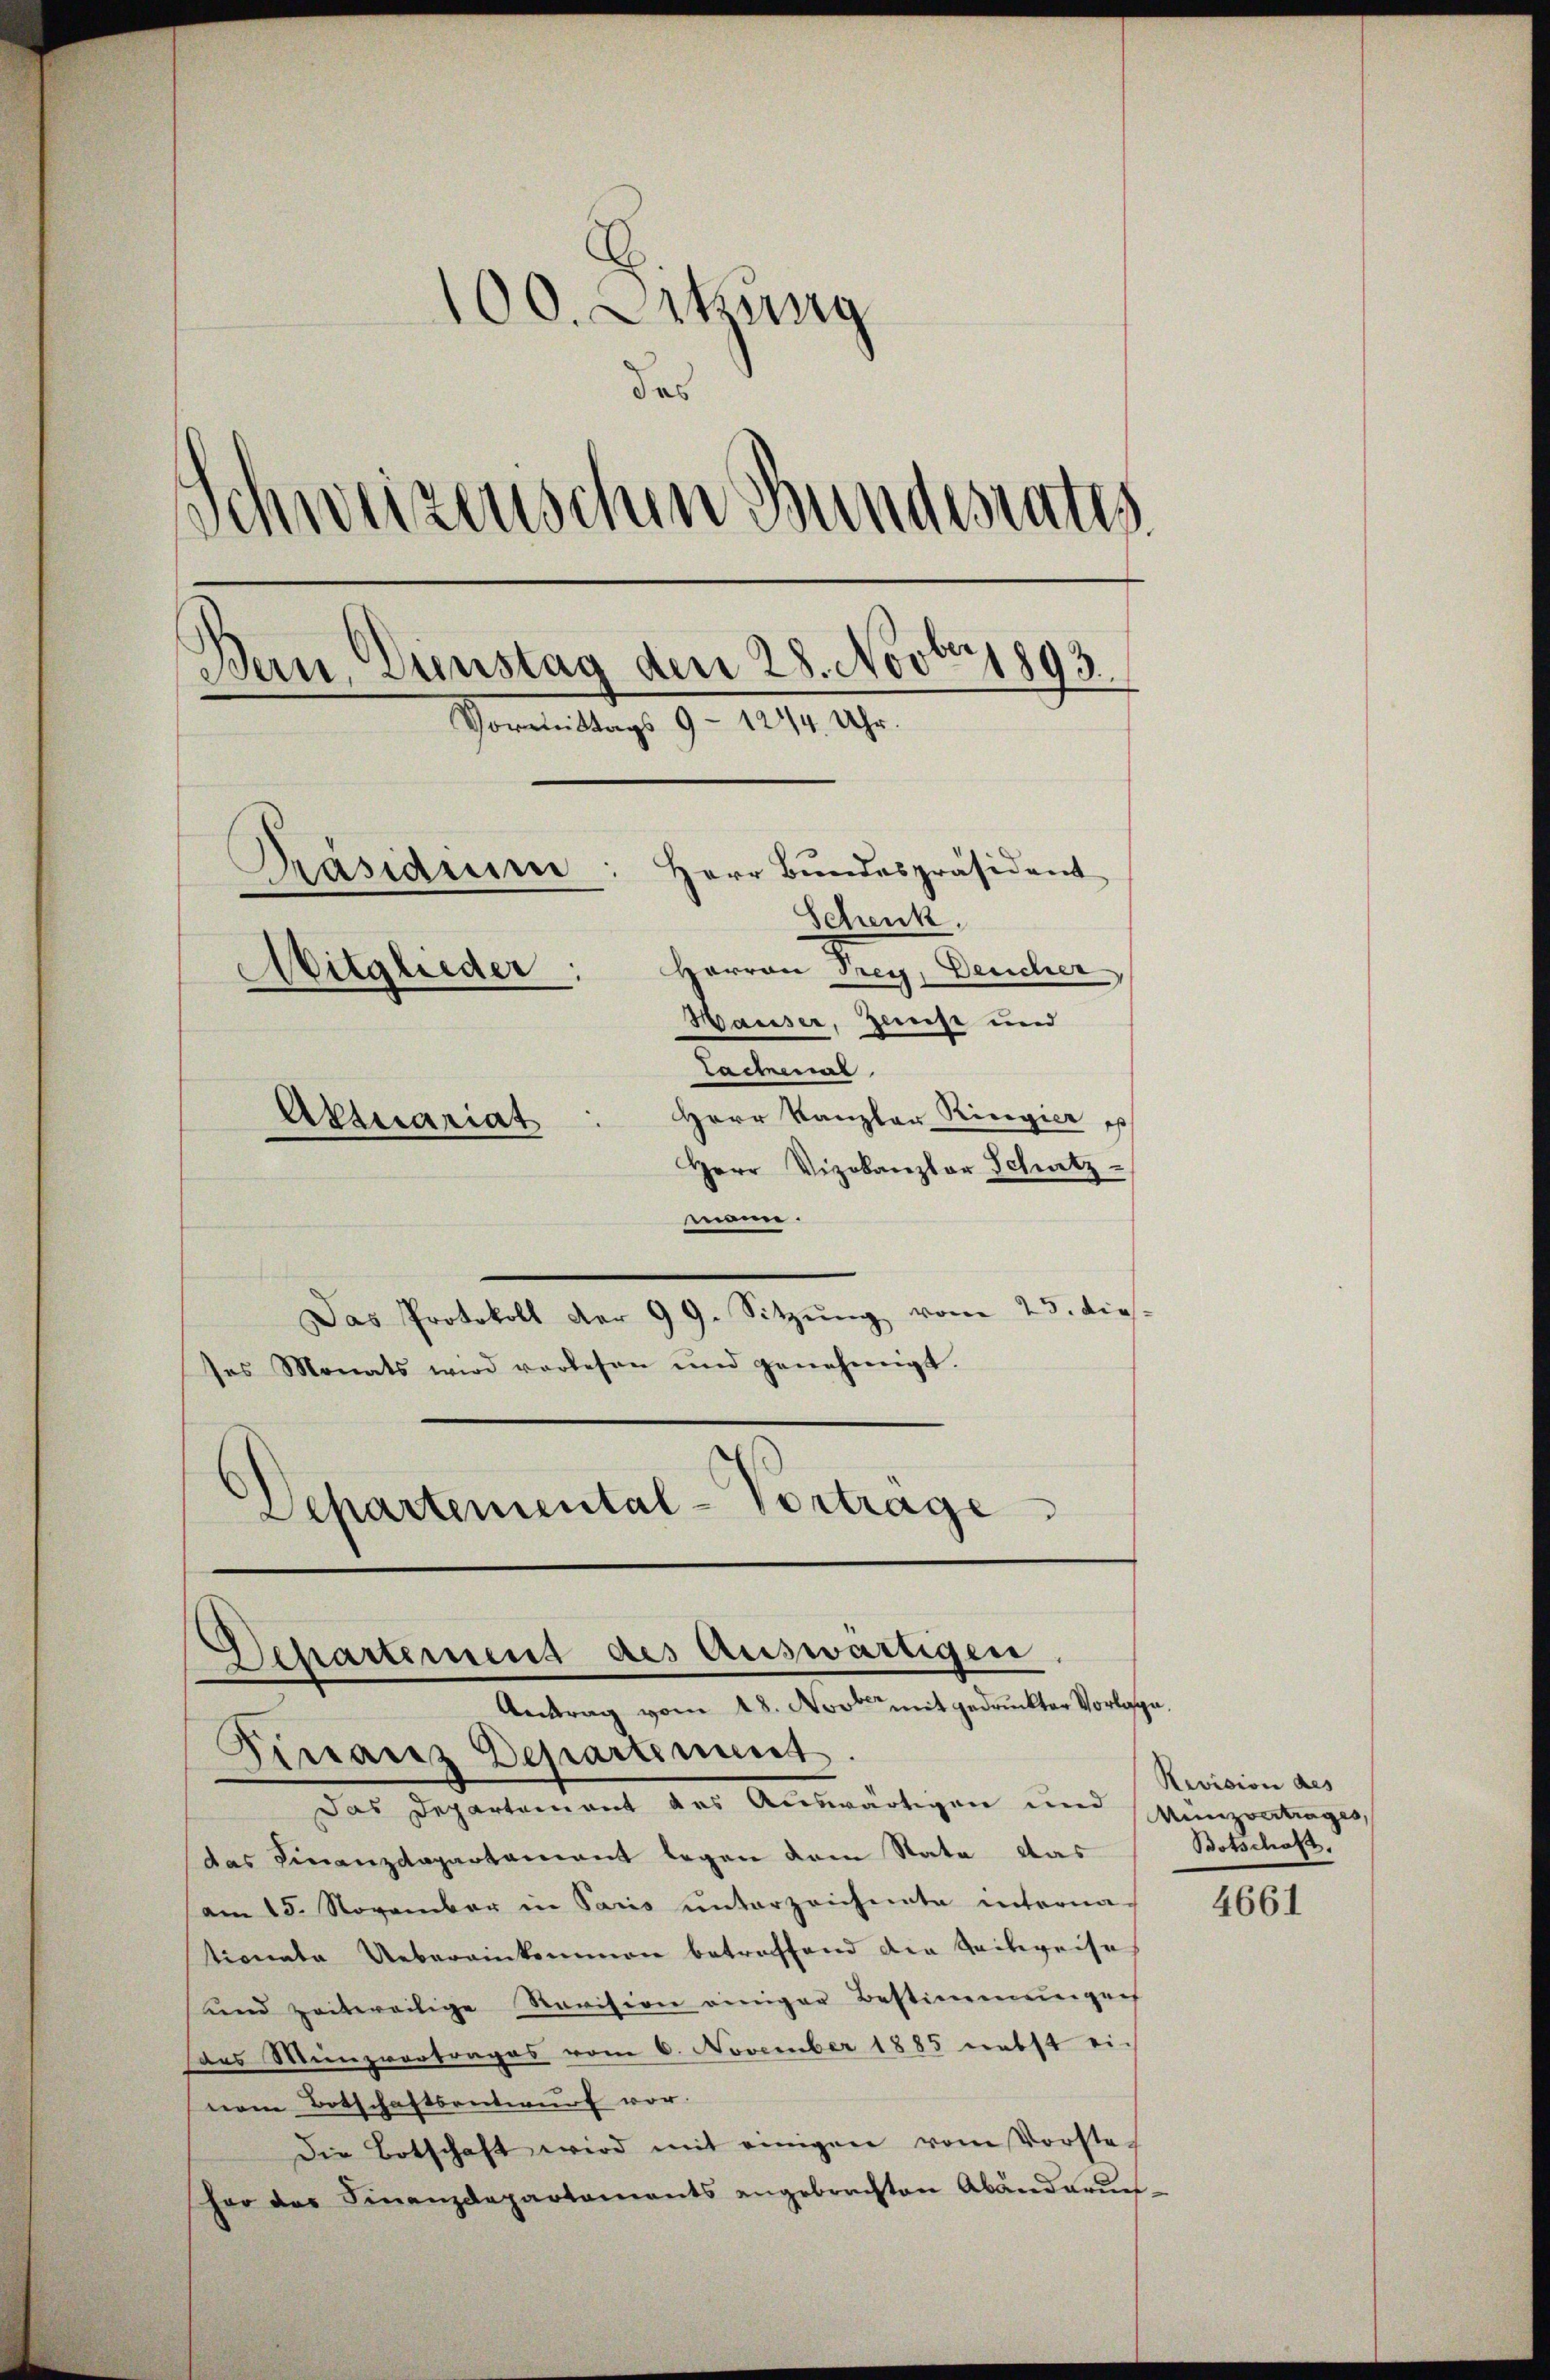
100. Lettung
das
Schweizenschen Bundesrates
Bern, Dinstag den 28. Novbr 1893.
Vormittags 9 - 12/4 Uhr.
Herr Bundespräsident
Präsidium
Schenk
Harron Frey, Deucher
Mitglieder:
Hauser, Zeise und
Lachmal
Herr Kanzler Ringier p
Aktuariat
Herr Vizokanzler Schatz

mann.
Das Protokoll der 99. Sitzŭng vom 23. dies
ses Monats wird vorlesen und genehmigt.
Departemental-Vertrage

Departement des Auswärtigen
Antrag vom 18. Novber mit gedruckter Vorlage,
Finanz Departiment.

Das Departanient des Auswärtigen und Münzvertrages
das Finanzdepartamant legen dem Stata das
am 15. November in Paris unterzeichnete interna-
tionate Uebereinkommen betreffend die Zeitweise
unnd zeitweilige Revision einiger Bestimmungen
aas Minzvortrages vom 6. November 1885 nebst ei-
nem Botschaftsentwurf vor.
Die Botschaft wird mit einigen vom Vorsteher der Finanzdepartaments angebrachten Abänderŭn

Revision des
Botschaft.

4661